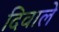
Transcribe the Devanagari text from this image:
दिवाले